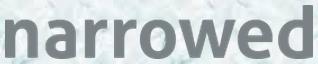
narrowed